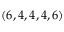
( 6 , 4 , 4 , 4 , 6 )